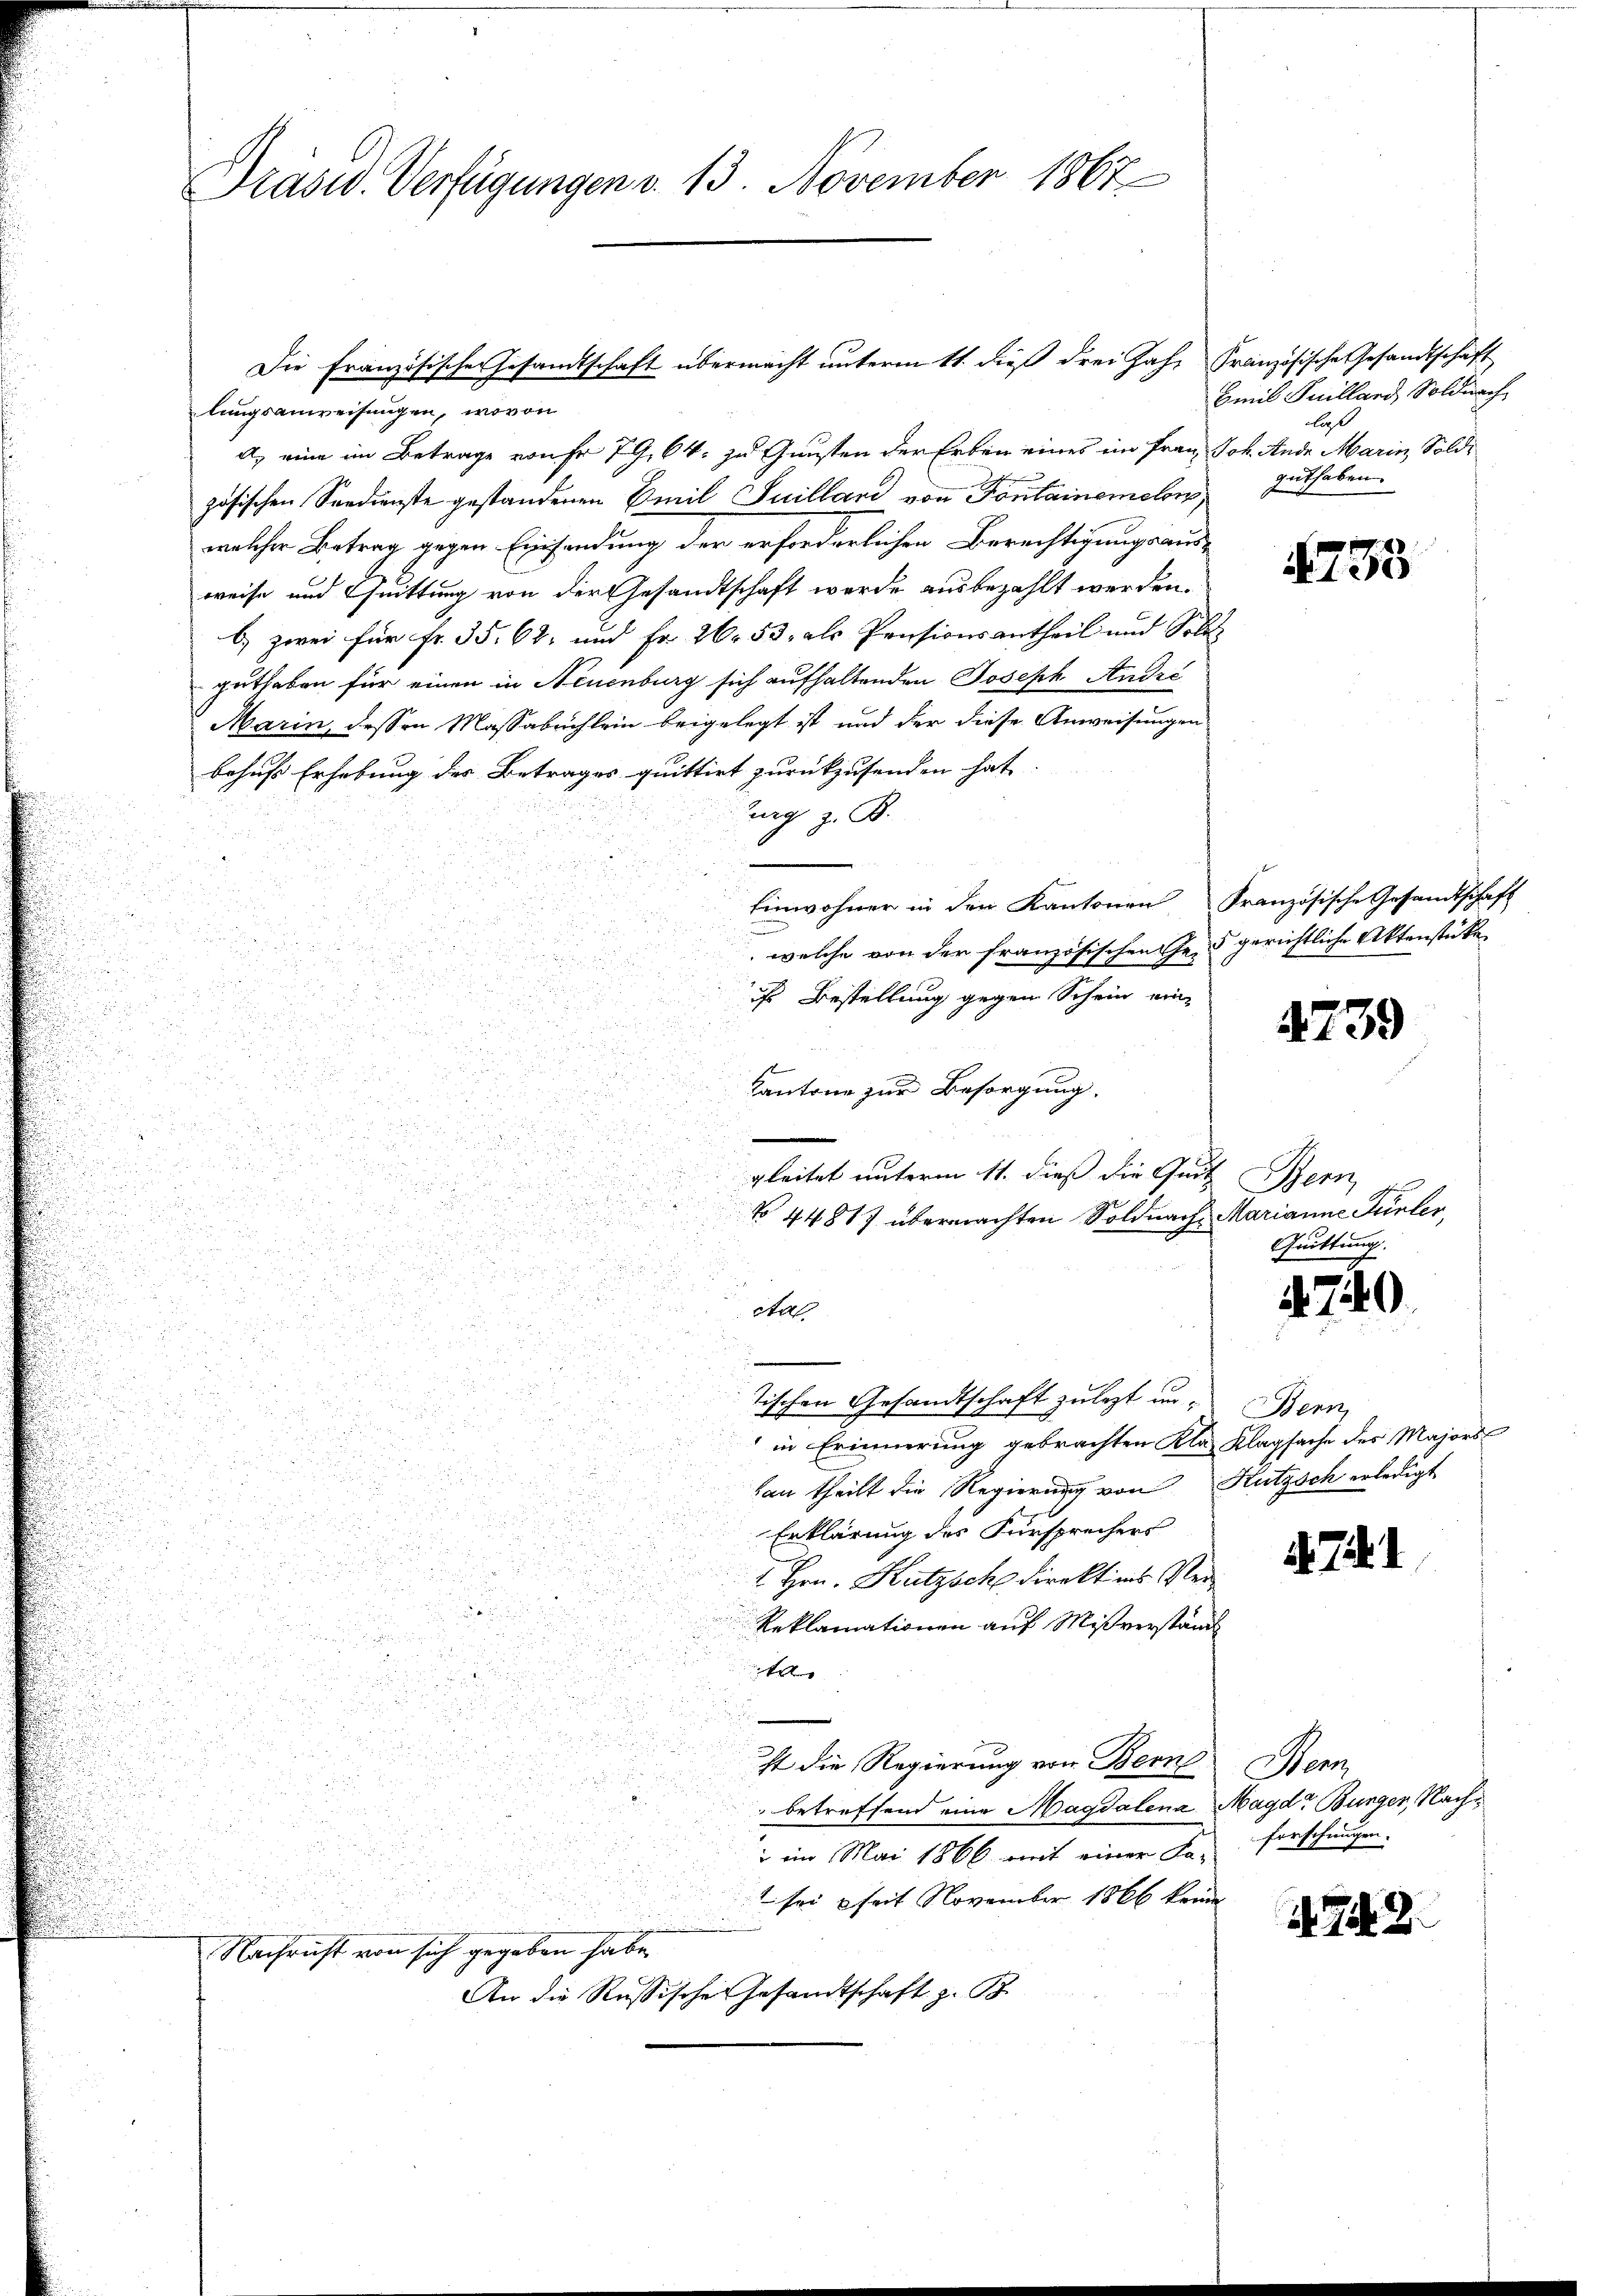
Prasw. Verfügungen v. 13. November 1867

Die Französischer Gesandtschaft übermacht unterm 11. dieß drei Jahr französische Gesandtschaft
lungsanweisungen, wovon
a, eine im Betrage von Fr. 79. 64. zu Gunsten der Erben eines im Frau Joh. Ande Marin, Soldi
zösischen Seedienste gestandenen Emil Suilbare von Fontainemolow,
welcher Betrag gegen Einsendung der erforderlichen Berechtigungsaus-
weise und Quittung von der Gesandtschaft werde ausbezahlt werden.
b) zwei für Fr. 35. 68, und Fr. 26. 53, als Pensionsantheil und Solo-
guthaben für einen in Neuenburg sich aufhaltenden Joseph André
Marin, dessen Massabuchlein beigelegt ist und der diese Anweisungen
behufs Erhebung der Betrages quittirt zurückzusenden hat.
Zurg z. B.
u
Einwohner in den Kantonen Französische Gesandtschaft
n
welche von der französischen Ge- gerichtliche Aktenstücke

e
ch Bestellung gegen Schein ein

i

5
 2

Cantone zur Besorgung,

u
gleitet unterm 11. dieß die Quit Bern

n
N 44817 übermachten Soldnach Marianne Türler,
.
Quittung.
d
i
n
.
i
.
20
A
i

tischen Gesandtschaft zulezt in Bern,

in Erinnerung gebrachten Kla Klagsache der Majors
n
e
han theilt die Regierung von Hutzsch erledigt
Erklärung des Fürsprechers
1 Hrn. Kurzach Direktions Re
Reklamationen auf Mißverständ
t
st die Regierung von Bern. Bern
betreffend eine Magdalena Magd, Bürger, Nachforschungen.
 im Mai 1866 mit einer Fa-
 sei seit November 1866 keine
d. Tit. 2
Nachricht von sich gegeben habe
An die Russische Gesandtschaft z. B.

Emil Juillard, Soldnach
laß
guthaben.

4735

4739